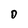
Character: D